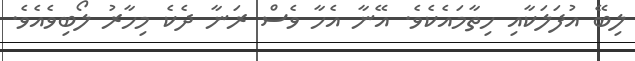
ލިބޭ އުފަލަކާއި ހިތާމައެކެވެ. އޭނާ އެހާ ވެސް ރަނާ ދެކެ މިހާރު ލޯބިވެއެވެ.